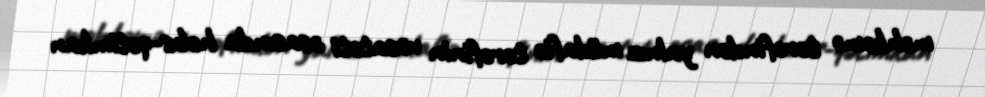
məhkəmə tərəfindən yalnız müdafiə tərəfinin vəsatəti əsasında həbs-qətimkan